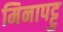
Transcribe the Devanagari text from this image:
मिनापट्टु